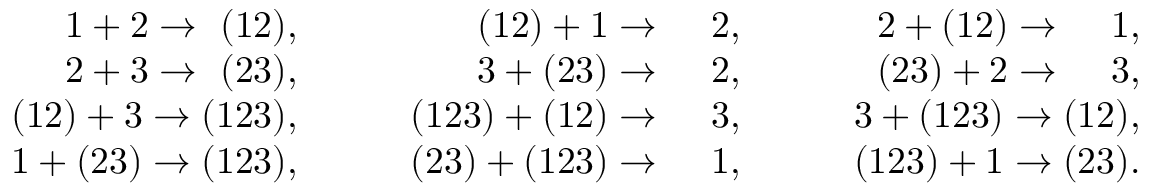
\begin{array} { r r r } { { 1 + 2 \rightarrow \, \, ( 1 2 ) , \qquad } } & { { ( 1 2 ) + 1 \rightarrow \quad \, 2 , \qquad } } & { { 2 + ( 1 2 ) \rightarrow \quad \, 1 , \qquad } } \\ { { 2 + 3 \rightarrow \, \, ( 2 3 ) , \qquad } } & { { 3 + ( 2 3 ) \rightarrow \quad \, 2 , \qquad } } & { { ( 2 3 ) + 2 \rightarrow \quad \, 3 , \qquad } } \\ { { ( 1 2 ) + 3 \rightarrow ( 1 2 3 ) , \qquad } } & { { ( 1 2 3 ) + ( 1 2 ) \rightarrow \quad \, 3 , \qquad } } & { { 3 + ( 1 2 3 ) \rightarrow ( 1 2 ) , \qquad } } \\ { { 1 + ( 2 3 ) \rightarrow ( 1 2 3 ) , \qquad } } & { { ( 2 3 ) + ( 1 2 3 ) \rightarrow \quad \, 1 , \qquad } } & { { ( 1 2 3 ) + 1 \rightarrow ( 2 3 ) . \qquad } } \end{array}